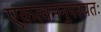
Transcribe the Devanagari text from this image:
एकत्वमनुपश्यतः